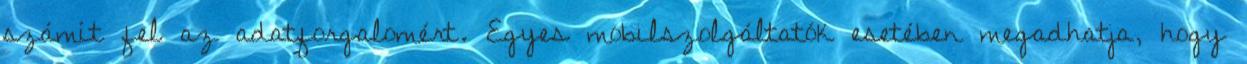
számít fel az adatforgalomért. Egyes mobilszolgáltatók esetében megadhatja, hogy